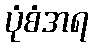
ပုံစံအရ